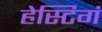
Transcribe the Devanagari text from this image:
हेस्टिगं